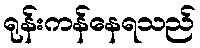
ရုန်းကန်နေရသည်